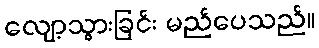
လျော့သွားခြင်း မည်ပေသည်။